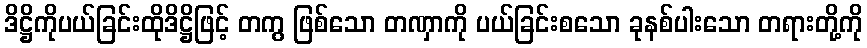
ဒိဋ္ဌိကိုပယ်ခြင်းထိုဒိဋ္ဌိဖြင့် တကွ ဖြစ်သော တဏှာကို ပယ်ခြင်းစသော ခုနစ်ပါးသော တရားတို့ကို